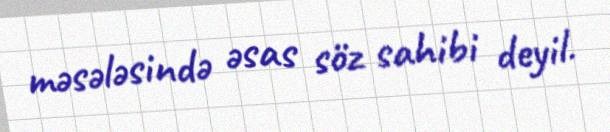
məsələsində əsas söz sahibi deyil.